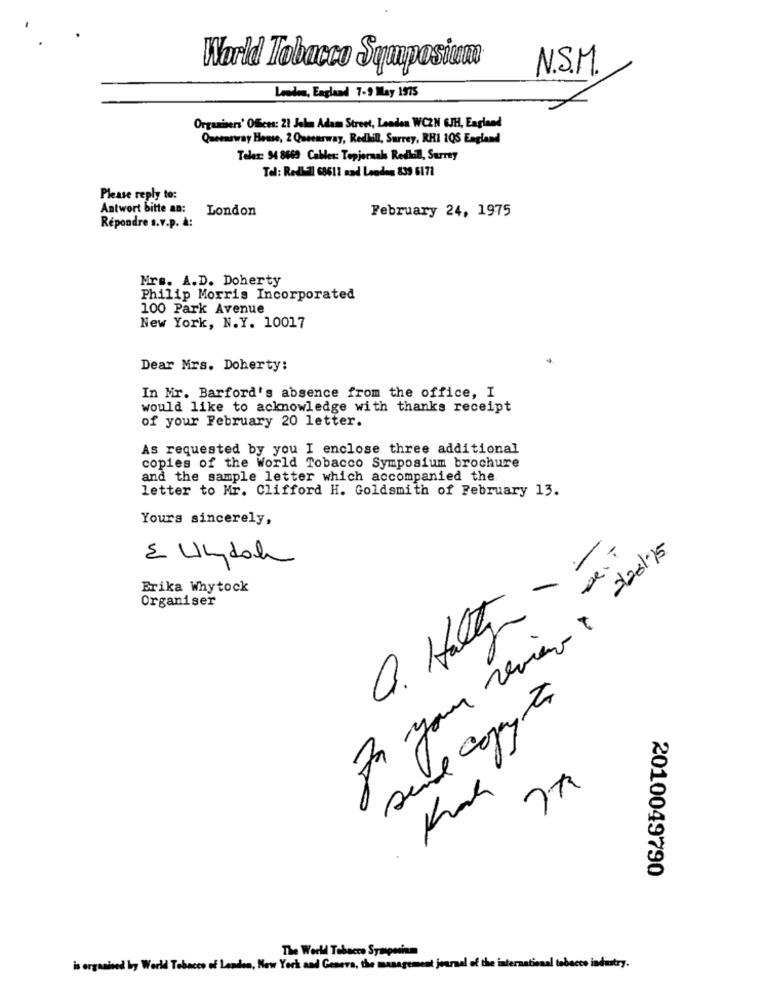
World Tobacco Symposiacan®
N.S.M.
London, England 7-9 May 1975
Organisers' Offices: 21 Jolm Adam Street, London WCZN GJH, England
Queensway Home, 2 Queensway, Redhill, Surrey, RHI 105 England
Telex: 94 8669 Cables: Topjornal Rediull, Surrey
Tel: Redi-7 68611 and Lenden 839 6171
Please reply to:
Antwort bitte an:
London
February 24, 1975
Répondre s.v.p. A:
Mrs. A.D. Doherty
Philip Morris Incorporated
100 Park Avenue
New York, N.Y. 10017
Dear Mrs. Doherty:
In Mir. Barford's absence from the office, I
would like to acknowledge with thanks receipt
of your February 20 letter.
As requested by you I enclose three additional
copies of the World Tobacco Symposium brochure
and the sample letter which accompanied the
letter to Mr. Clifford H. Goldsmith of February 13.
Yours sincerely,
E Ulydal
-
Erika Whytock
Organiser
Q. Halten
77
2010049790
The World Tobacco Syongesinm
is organised by World Tobacco of London, New York and Genero, the management journal of the international tobacco industry.